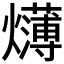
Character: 𱬫